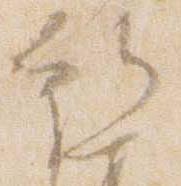
行